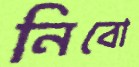
নিবো